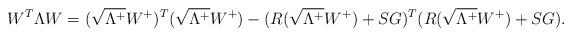
LaTeX: \begin{align*} W^T \Lambda W = (\sqrt{\Lambda^+}W^+)^T (\sqrt{\Lambda^+}W^+) - (R (\sqrt{\Lambda^+}W^+) + S G)^T (R (\sqrt{\Lambda^+}W^+) + S G).\end{align*}